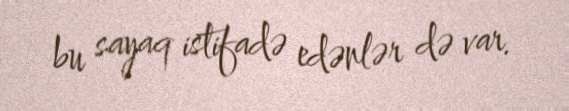
bu sayaq istifadə edənlər də var.